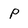
Character: P